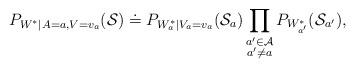
LaTeX: \begin{align*} P_{W^*| A = a, V = v_a}(\mathcal{S}) \doteq P_{W^*_a|V_a = v_a}(\mathcal{S}_a) \prod_{\substack{a' \in \mathcal{A} \\ a' \neq a}} P_{W^*_{a'}}(\mathcal{S}_{a'}), \end{align*}